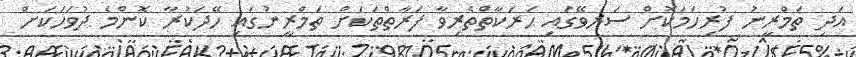
އަދި ތަމްރީނު ފުރިހަމަކޮށް ސަރވޭގައި ޙަރަކާތްތެރިވާ ފަރާތްތަކަށް ތަމްރީނުގައި ހޭދަކުރާ ކޮންމެ ދުވަހަކަށް